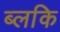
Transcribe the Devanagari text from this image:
ब्लकि